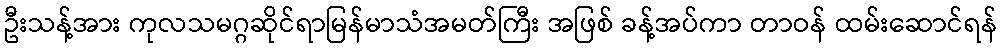
ဦးသန့်အား ကုလသမဂ္ဂဆိုင်ရာမြန်မာသံအမတ်ကြီး အဖြစ် ခန့်အပ်ကာ တာဝန် ထမ်းဆောင်ရန်